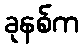
ခုနစ်က